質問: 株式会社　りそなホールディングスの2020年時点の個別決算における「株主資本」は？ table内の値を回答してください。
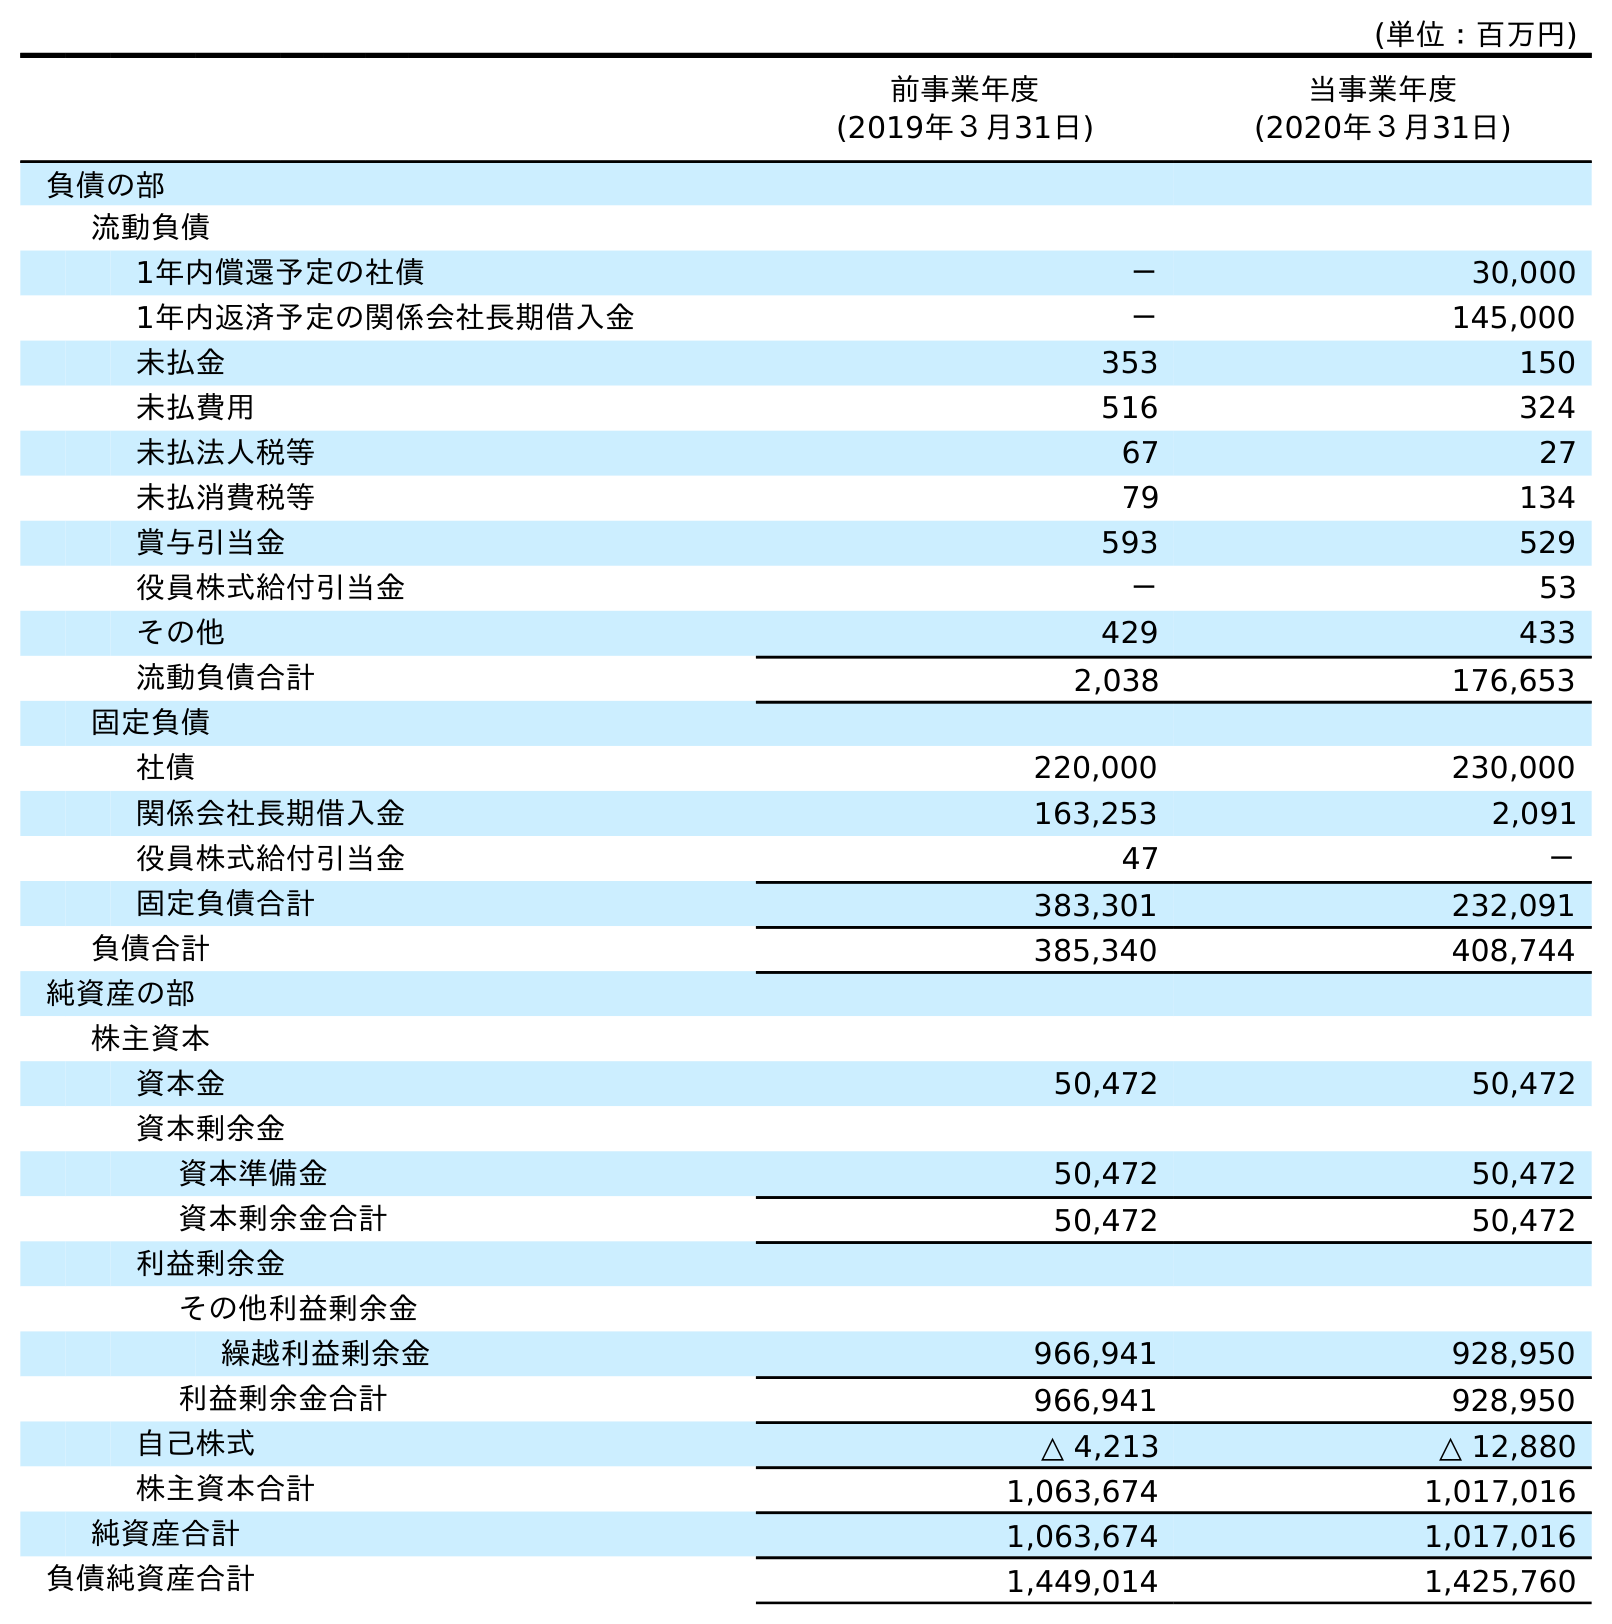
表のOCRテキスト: (単位：百万円) 前事業年度 (2019年３月31日) 当事業年度 (2020年３月31日) 負債の部 流動負債 1年内償還予定の社債 － 30,000 1年内返済予定の関係会社長期借入金 － 145,000 未払金 353 150 未払費用 516 324 未払法人税等 67 27 未払消費税等 79 134 賞与引当金 593 529 役員株式給付引当金 － 53 その他 429 433 流動負債合計 2,038 176,653 固定負債 社債 220,000 230,000 関係会社長期借入金 163,253 2,091 役員株式給付引当金 47 － 固定負債合計 383,301 232,091 負債合計 385,340 408,744 純資産の部 株主資本 資本金 50,472 50,472 資本剰余金 資本準備金 50,472 50,472 資本剰余金合計 50,472 50,472 利益剰余金 その他利益剰余金 繰越利益剰余金 966,941 928,950 利益剰余金合計 966,941 928,950 自己株式 △ 4,213 △ 12,880 株主資本合計 1,063,674 1,017,016 純資産合計 1,063,674 1,017,016 負債純資産合計 1,449,014 1,425,760
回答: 1,017,016